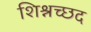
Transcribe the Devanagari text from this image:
शिश्नच्छद